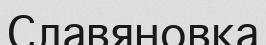
Славяновка